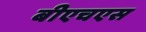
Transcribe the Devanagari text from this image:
बीएचएस